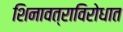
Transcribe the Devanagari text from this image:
शिनावत्राविरोधात